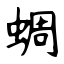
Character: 蜩